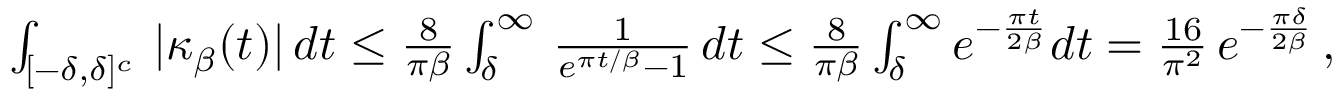
\begin{array} { r } { \int _ { [ - \delta , \delta ] ^ { c } } \, | \kappa _ { \beta } ( t ) | \, d t \le \frac { 8 } { \pi \beta } \int _ { \delta } ^ { \infty } \, \frac { 1 } { e ^ { \pi t / \beta } - 1 } \, d t \le \frac { 8 } { \pi \beta } \int _ { \delta } ^ { \infty } e ^ { - \frac { \pi t } { 2 \beta } } d t = \frac { 1 6 } { \pi ^ { 2 } } \, e ^ { - \frac { \pi \delta } { 2 \beta } } \, , } \end{array}